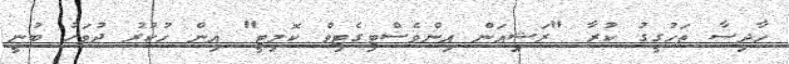
ހާދިސާ ތަހުގީގު ކުރާ "ރަޝިއަން އިންވެސްޓިގެޓިވް ކޮމިޓީ" އިން ހުކުރު ދުވަހު ބުނީ